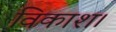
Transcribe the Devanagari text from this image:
विकाश।